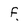
Character: f